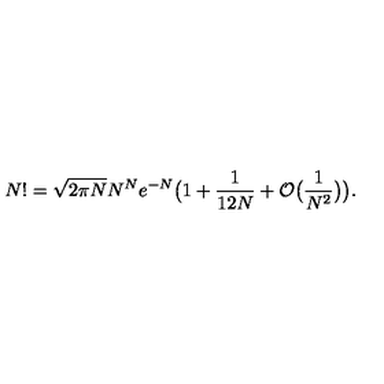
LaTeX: N ! = \sqrt { 2 \pi N } N ^ { N } e ^ { - N } \big ( 1 + \frac { 1 } { 1 2 N } + { \cal O } \big ( \frac { 1 } { N ^ { 2 } } \big ) \big ) .